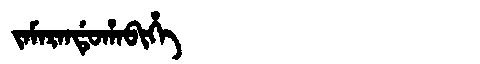
Manchu: ᠵᠠᠮᠠᡵᠠᠨᡩᡠᡥᠠᠪᡳᡥᡝ
Romanization: JAMARANDUHABIHE